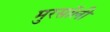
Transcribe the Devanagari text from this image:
मुरसॉली